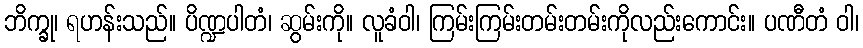
ဘိက္ခု၊ ရဟန်းသည်။ ပိဏ္ဍပါတံ၊ ဆွမ်းကို။ လူခံဝါ၊ ကြမ်းကြမ်းတမ်းတမ်းကိုလည်းကောင်း။ ပဏီတံ ဝါ၊